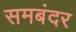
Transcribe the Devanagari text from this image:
समबंदर